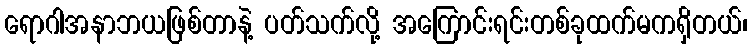
ရောဂါအနာဘယဖြစ်တာနဲ့ ပတ်သက်လို့ အကြောင်းရင်းတစ်ခုထက်မကရှိတယ်၊